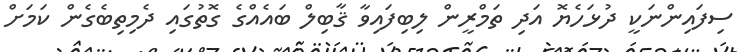
ސިފައިންނަކީ ދުޅަހެޔޮ އަދި ތަމްރީން ލިބިފައިވާ ޤާބިލް ބައެއްގެ ގޮތުގައި ދެމިތިބެގެން ކަމަށް